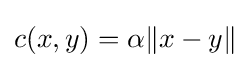
c(x,y)=\alpha \|x-y\|